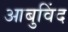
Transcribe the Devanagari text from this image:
आबुविंद